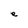
Character: e